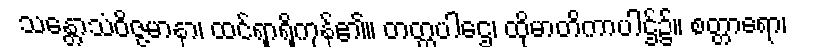
သန္တောသံဝိဇ္ဇမာနာ၊ ထင်ရှာရှိကုန်၏။ တတ္ထပါဌေ၊ ထိုမာတိကာပါဌ်၌။ စတ္တာရော၊